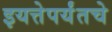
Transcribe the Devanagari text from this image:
इयत्तेपर्यंतचे